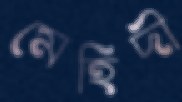
মেহিদী